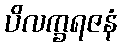
ပိလက္ခရဇနံ